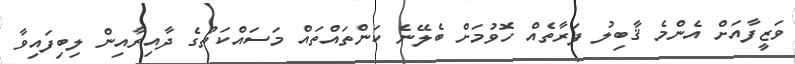
ވަޒީފާއަށް އެންމެ ޤާބިލު ފަރާތެއް ހޮވުމަށް ބެލޭނެ ކަންތައްތައް މަސައްކަތުގެ ދާއިރާއިން ލިބިފައިވާ